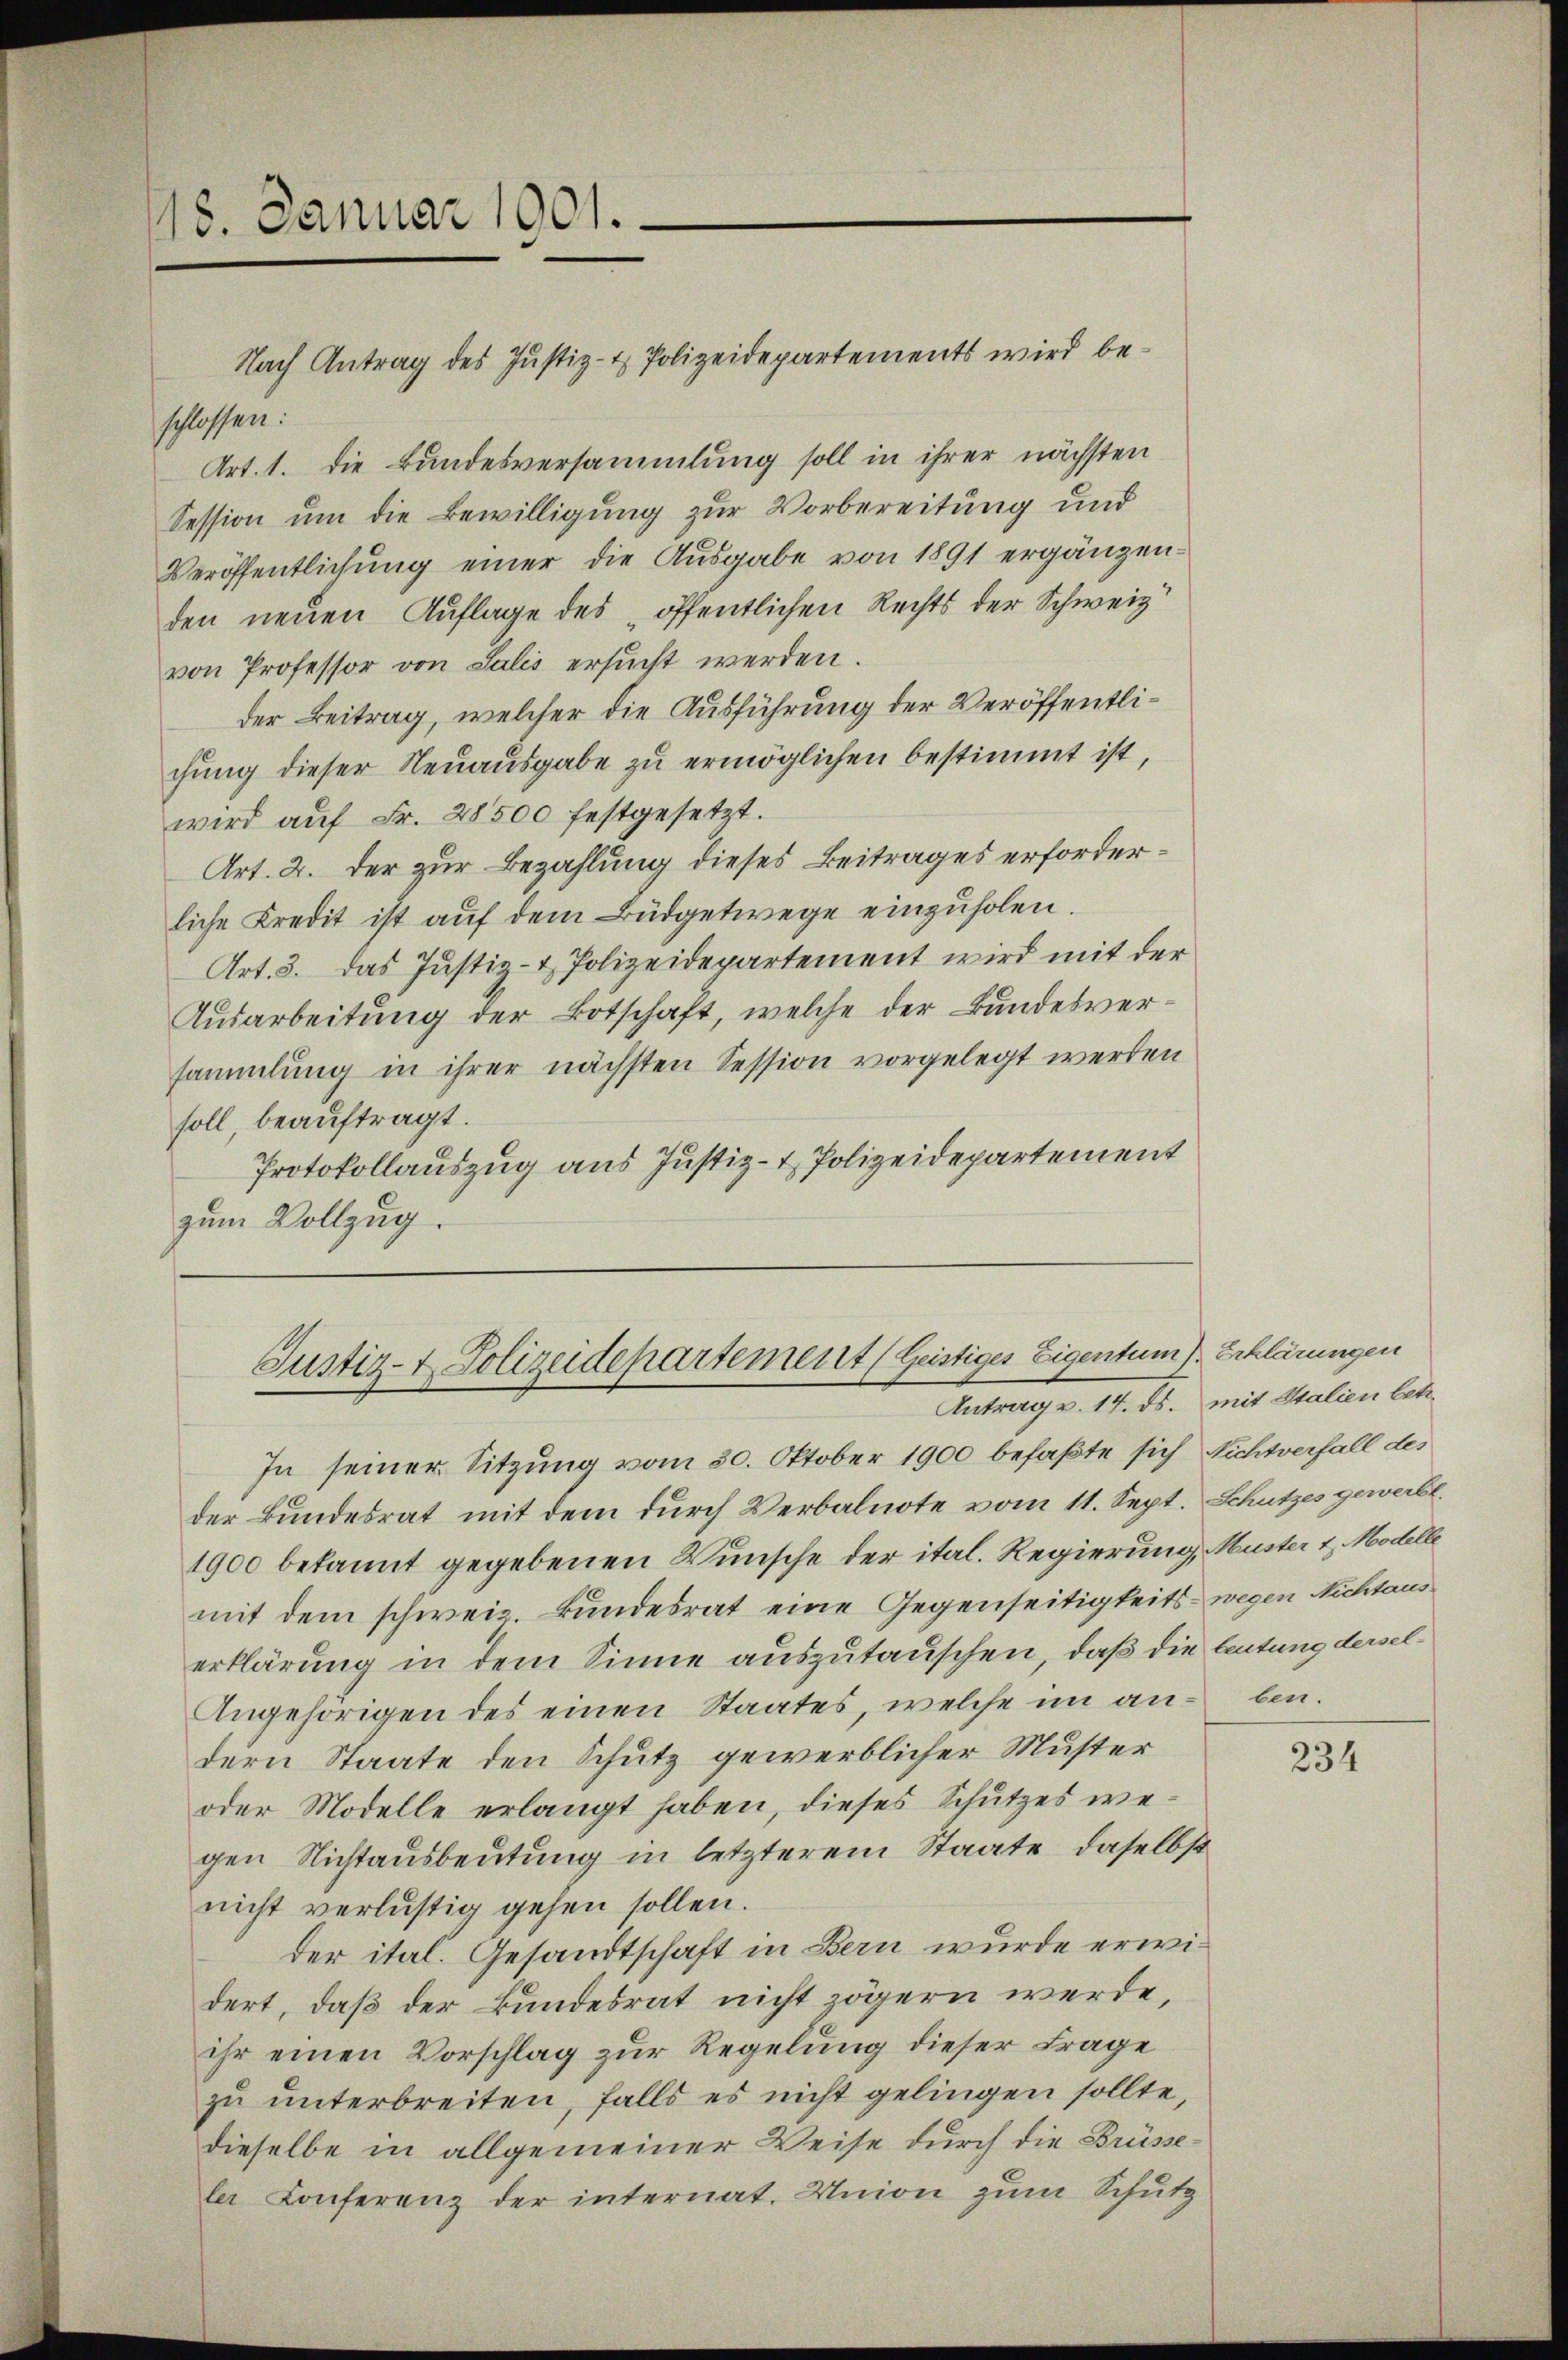
18. Januar 1901.

Justiz- & Polizeidepartement (Geistiges Eigentum) Erklärungen
Antrag v. 14. ds. mit Stalien betr.

Nach Antrag des Justiz- & Polizeidepartements wird beschlossen.
Art. 1. die Bundesversammlung soll in ihrer nächsten
Session um die Bewilligung zur Vorbereitung und
Veröffentlichung einer die Ausgabe von 1891 ergänzen-
den neuen Auflage des öffentlichen Rechts der Schweiz
von Professor von Salis ersŭcht werden.
der Beitrag, welcher die Ausführung der Veröffentlichŭng dieser Neuausgabe zŭ ermöglichen bestimmt ist,
wird aŭf Fr. 28500 festgesetzt.
Art. 2. der zur Bezahlung dieses Beitrages erforderliche Kredit ist aŭf dem Büdgetwege einzuholen.
Art. 3. das Justiz- & Polizeidepartement wird mit der
Ausarbeitung der Botschaft, welche der Bundesversammlung in ihrer nächsten Session vorgelegt werden
soll, beauftragt.
Protokollauszug aus Justiz- & Polizeidepartement
zum Vollzug.

In seiner Sitzung vom 30. Oktober 1900 befaßte sich Nichtverfall des
der Bundesrat mit dem durch Verbalnote vom 11. Sept. Schutzes gewerbt.
1900 bekannt gegebenen Wunsche der ital. Regierung, Muster & Modelle
mit dem schweiz. Bundesrat eine Gegenseitigkeits wegen Nichtaus
erklärung in dem Sinne auszutauschen, daß die leitung dersel¬
Angehörigen des einen Staates, welche im andern Staate den Schutz gewerblicher Muster
oder Modelle erlangt haben, dieses Schutzes wegen Nichtausbeutung in letzterem Staate, daselbst
nicht verlustig gehen sollen.
der ital. Gesandtschaft in Bern wurde erwidert, daß der Bundesrat nicht zögern werde,
ihr einen Vorschlag zur Regelung dieser Frage
zu unterbreiten, falls es nicht gelingen sollte,
dieselbe in allgemeiner Weise durch die Brüssele Conferenz der internat. Union zum Schutz

ben.

234